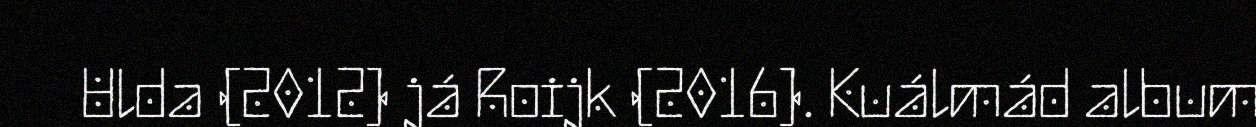
Ulda (2012) já Roijk (2016). Kuálmád album